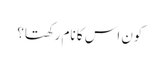
کون اس کا نام رکھتا؟